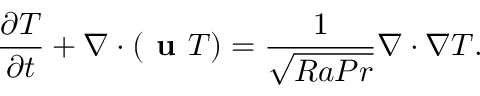
\frac { \partial T } { \partial t } + \nabla \cdot ( \textbf { u } T ) = \frac { 1 } { \sqrt { R a P r } } \nabla \cdot \nabla T .